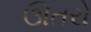
ઊતરો